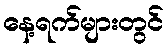
နေ့ရက်များတွင်